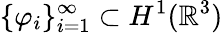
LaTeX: \{ \varphi_{i}\} _{i=1}^{\infty}\subset H^{1}(\mathbb{R}^{3})